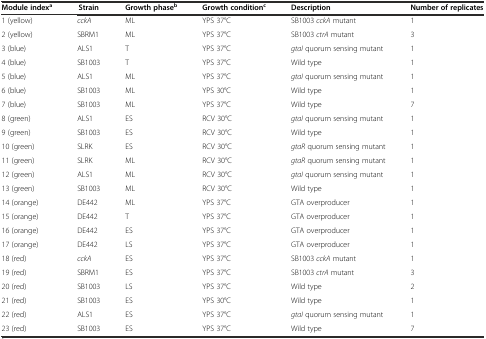
<table><thead><tr><td><b>Module index<sup>a</sup></b></td><td><b>Strain</b></td><td><b>Growth phase<sup>b</sup></b></td><td><b>Growth condition<sup>c</sup></b></td><td><b>Description</b></td><td><b>Number of replicates</b></td></tr></thead><tbody><tr><td>1 (yellow)</td><td><i>cckA</i></td><td>ML</td><td>YPS 37°C</td><td>SB1003 <i>cckA</i> mutant</td><td>1</td></tr><tr><td>2 (yellow)</td><td>SBRM1</td><td>ML</td><td>YPS 37°C</td><td>SB1003 <i>ctrA</i> mutant</td><td>3</td></tr><tr><td>3 (blue)</td><td>ALS1</td><td>T</td><td>YPS 37°C</td><td><i>gtaI</i> quorum sensing mutant</td><td>1</td></tr><tr><td>4 (blue)</td><td>SB1003</td><td>T</td><td>YPS 37°C</td><td>Wild type</td><td>1</td></tr><tr><td>5 (blue)</td><td>ALS1</td><td>ML</td><td>YPS 37°C</td><td><i>gtaI</i> quorum sensing mutant</td><td>1</td></tr><tr><td>6 (blue)</td><td>SB1003</td><td>ML</td><td>YPS 30°C</td><td>Wild type</td><td>1</td></tr><tr><td>7 (blue)</td><td>SB1003</td><td>ML</td><td>YPS 37°C</td><td>Wild type</td><td>7</td></tr><tr><td>8 (green)</td><td>ALS1</td><td>ES</td><td>RCV 30°C</td><td><i>gtaI</i> quorum sensing mutant</td><td>1</td></tr><tr><td>9 (green)</td><td>SB1003</td><td>ES</td><td>RCV 30°C</td><td>Wild type</td><td>1</td></tr><tr><td>10 (green)</td><td>SLRK</td><td>ES</td><td>RCV 30°C</td><td><i>gtaR</i> quorum sensing mutant</td><td>1</td></tr><tr><td>11 (green)</td><td>SLRK</td><td>ML</td><td>RCV 30°C</td><td><i>gtaR</i> quorum sensing mutant</td><td>1</td></tr><tr><td>12 (green)</td><td>ALS1</td><td>ML</td><td>RCV 30°C</td><td><i>gtaI</i> quorum sensing mutant</td><td>1</td></tr><tr><td>13 (green)</td><td>SB1003</td><td>ML</td><td>RCV 30°C</td><td>Wild type</td><td>1</td></tr><tr><td>14 (orange)</td><td>DE442</td><td>ML</td><td>YPS 37°C</td><td>GTA overproducer</td><td>1</td></tr><tr><td>15 (orange)</td><td>DE442</td><td>T</td><td>YPS 37°C</td><td>GTA overproducer</td><td>1</td></tr><tr><td>16 (orange)</td><td>DE442</td><td>ES</td><td>YPS 37°C</td><td>GTA overproducer</td><td>1</td></tr><tr><td>17 (orange)</td><td>DE442</td><td>LS</td><td>YPS 37°C</td><td>GTA overproducer</td><td>1</td></tr><tr><td>18 (red)</td><td><i>cckA</i></td><td>ES</td><td>YPS 37°C</td><td>SB1003 <i>cckA</i> mutant</td><td>1</td></tr><tr><td>19 (red)</td><td>SBRM1</td><td>ES</td><td>YPS 37°C</td><td>SB1003 <i>ctrA</i> mutant</td><td>3</td></tr><tr><td>20 (red)</td><td>SB1003</td><td>LS</td><td>YPS 37°C</td><td>Wild type</td><td>2</td></tr><tr><td>21 (red)</td><td>SB1003</td><td>ES</td><td>YPS 30°C</td><td>Wild type</td><td>1</td></tr><tr><td>22 (red)</td><td>ALS1</td><td>ES</td><td>YPS 37°C</td><td><i>gtaI</i> quorum sensing mutant</td><td>1</td></tr><tr><td>23 (red)</td><td>SB1003</td><td>ES</td><td>YPS 37°C</td><td>Wild type</td><td>7</td></tr></tbody></table>